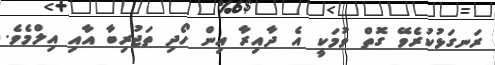
ރަނގަޅުކުރެވޭ ގޮތް ވުމަކީ އެ ދާއިރާ އިން ހޯދި ތަޖުރިބާ އާއި އިލްމެވެ.